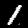
Label: 1